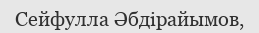
Сейфулла Әбдірайымов,